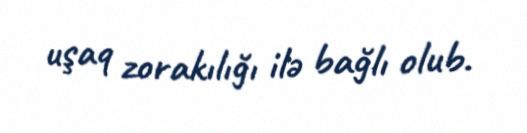
uşaq zorakılığı ilə bağlı olub.